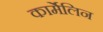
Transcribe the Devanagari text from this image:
कार्मेलिन